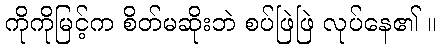
ကိုကိုမြင့်က စိတ်မဆိုးဘဲ စပ်ဖြဲဖြဲ လုပ်နေ၏ ။